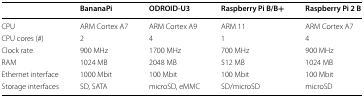
|  | BananaPi | ODROID-U3 | Raspberry Pi B/B+ | Raspberry Pi 2 B |
 | --- | --- | --- | --- | --- |
 | CPU | ARM Cortex A7 | ARM Cortex A9 | ARM 11 | ARM Cortex A7 |
 | CPU cores (#) | 2 | 4 | 1 | 4 |
 | Clock rate | 900 MHz | 1700 MHz | 700 MHz | 900 MHz |
 | RAM | 1024 MB | 2048 MB | 512 MB | 1024 MB |
 | Ethernet interface | 1000 Mbit | 100 Mbit | 100 Mbit | 100 Mbit |
 | Storage interfaces | SD, SATA | microSD, eMMC | SD/microSD | microSD |